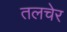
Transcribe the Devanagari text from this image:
तलचेर